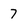
Character: 7